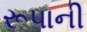
રૂપાની